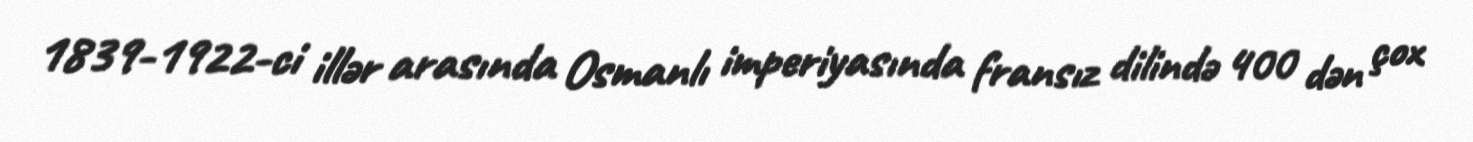
1839-1922-ci illər arasında Osmanlı imperiyasında fransız dilində 400 dən çox